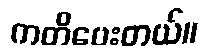
ကတိပေးတယ်။